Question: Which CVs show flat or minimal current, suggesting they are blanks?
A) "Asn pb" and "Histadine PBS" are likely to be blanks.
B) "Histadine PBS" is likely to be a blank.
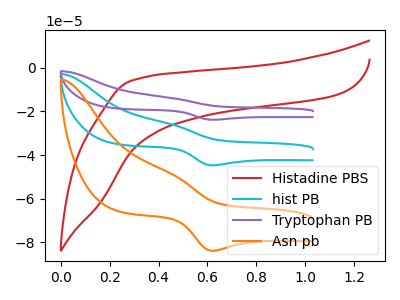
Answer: <think>The red curve "Histadine PBS" has no peaks. The cyan curve "hist PB" has an anodic peak at (0.45V, -26.05uA) and a cathodic peak at (0.60V, -44.65uA). The purple curve "Tryptophan PB" has an anodic peak at (0.45V, -52.15uA) and a cathodic peak at (0.60V, -89.35uA). The orange curve "Asn pb" has an anodic peak at (0.45V, -48.95uA) and a cathodic peak at (0.60V, -83.85uA).</think>
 <answer>B) "Histadine PBS" is likely to be a blank.</answer>
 <eval>B</eval>